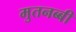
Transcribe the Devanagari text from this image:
मुतनब्बी